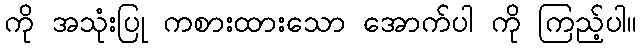
ကို အသုံးပြု ကစားထားသော အောက်ပါ ကို ကြည့်ပါ။